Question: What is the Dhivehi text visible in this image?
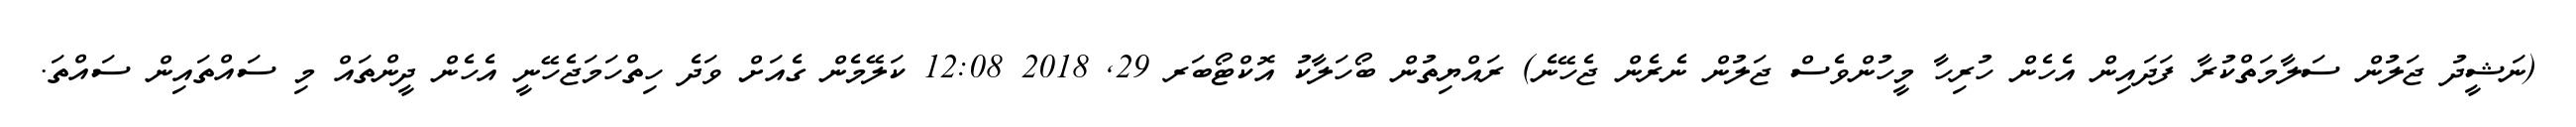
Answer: (ނަޝީދު ޖަލުން ސަލާމަތްކުރާ ފަދައިން އެހެން ހުރިހާ މީހުންވެސް ޖަލުން ނެރެން ޖެހޭނެ) ރައްޔިތުން ބޯހަލާކު އޮކްޓޯބަރ 29, 2018 12:08 ކަލޭމެން ގެއަށް ވަދެ ހިތްހަމަޖެހޭނީ އެހެން ދީންތައް މި ސައްތައިން ސައްތަ.